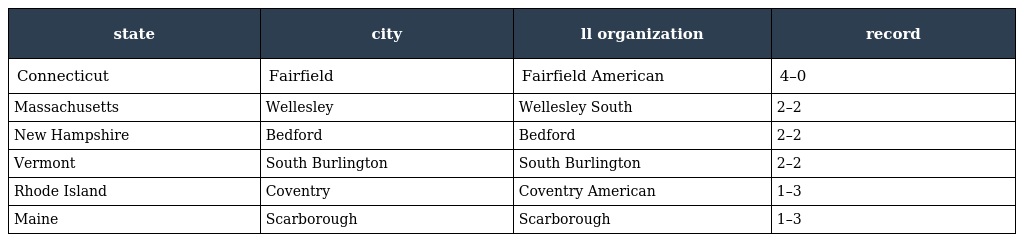
| state | city | ll organization | record |
 | --- | --- | --- | --- |
 | Connecticut | Fairfield | Fairfield American | 4–0 |
 | Massachusetts | Wellesley | Wellesley South | 2–2 |
 | New Hampshire | Bedford | Bedford | 2–2 |
 | Vermont | South Burlington | South Burlington | 2–2 |
 | Rhode Island | Coventry | Coventry American | 1–3 |
 | Maine | Scarborough | Scarborough | 1–3 |